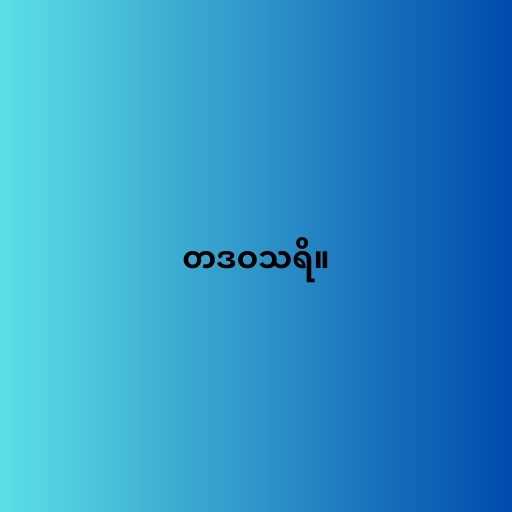
တဒဝသရိ။